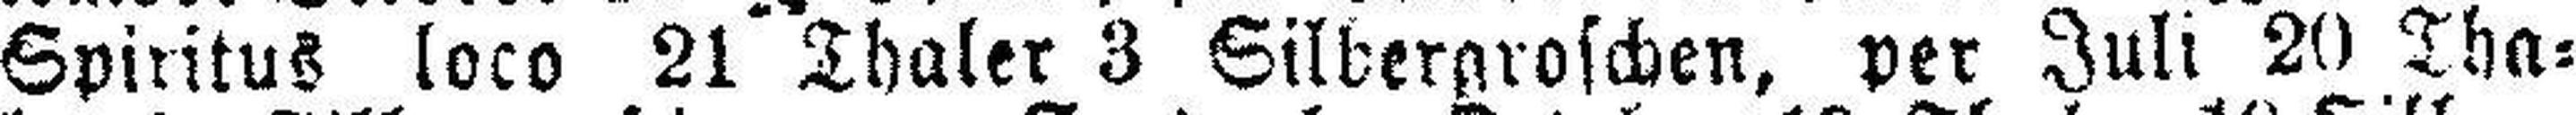
Spiritus loco 21 Thaler 3 Silbergroschen, per Juli 20 Tha¬